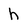
Character: h